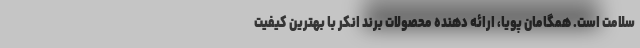
سلامت است. همگامان پویا، ارائه دهنده محصولات برند انکر با بهترین کیفیت